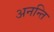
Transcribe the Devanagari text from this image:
अनन्ति